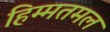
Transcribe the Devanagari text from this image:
हिम्मतमल